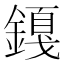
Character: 𬫿